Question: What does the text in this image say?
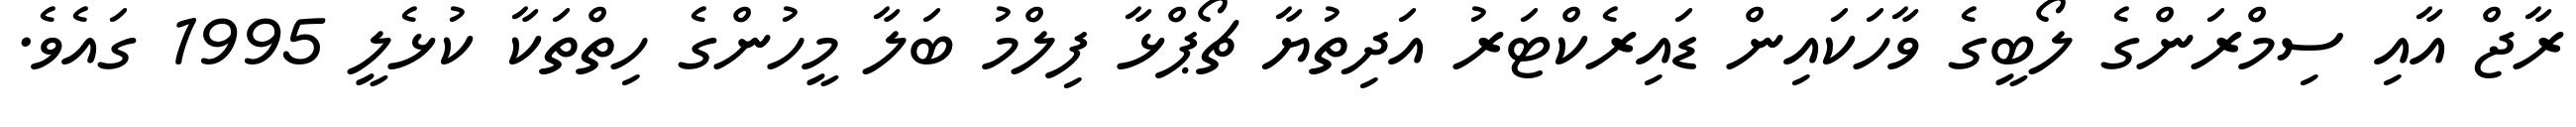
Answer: ރާޖް އާއި ސިމްރަންގެ ލޯބީގެ ވާހަކައިން ޑައިރެކްޓަރު އަދިތުޔާ ޗޯޕްޅާ ފިލްމު ބަލާ މީހުންގެ ހިތްތަކާ ކުޅެލީ 1995 ގައެވެ.